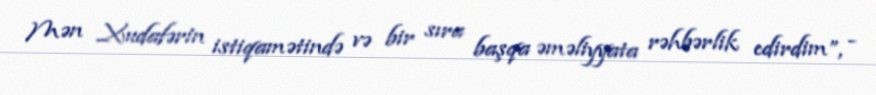
Mən Xudafərin istiqamətində və bir sıra başqa əməliyyata rəhbərlik edirdim”, -